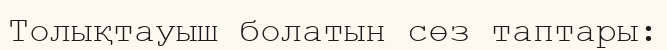
Толықтауыш болатын сөз таптары: